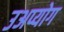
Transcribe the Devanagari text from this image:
उअप्योग